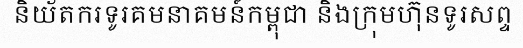
និយ័តករទូរគមនាគមន៍កម្ពុជា និងក្រុមហ៊ុនទូរសព្ទ